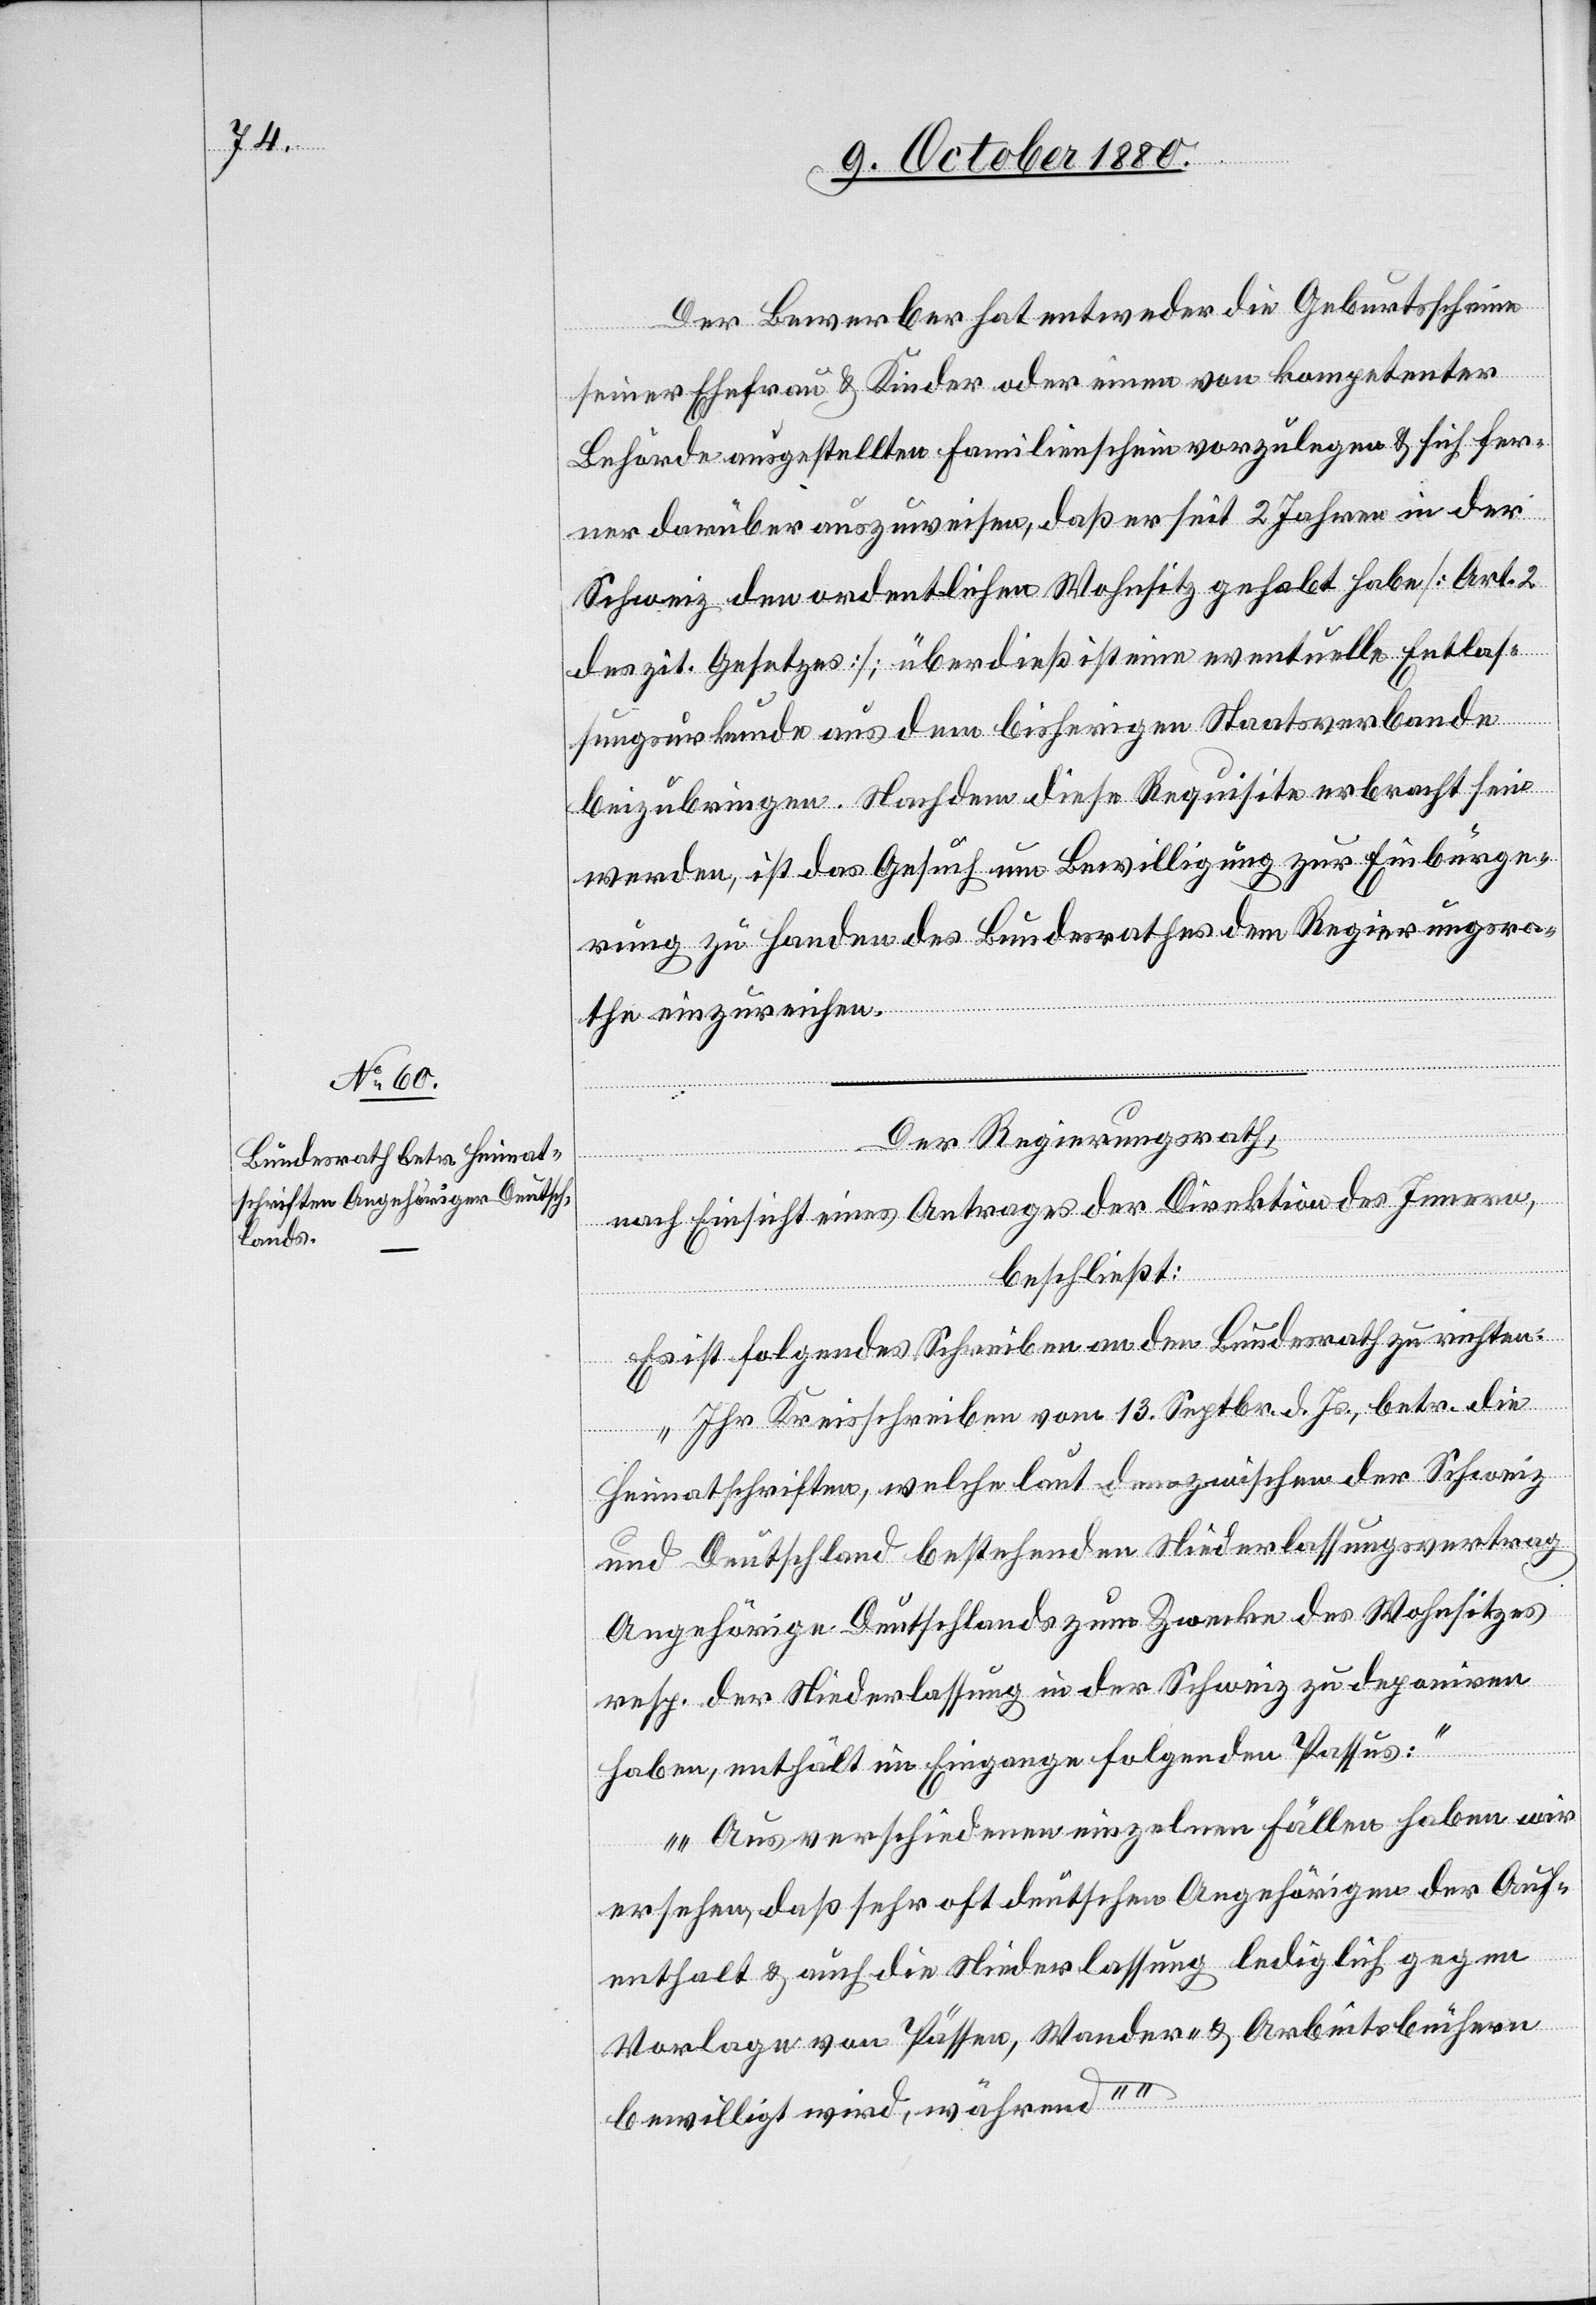
Der Bewerber hat entweder die Geburtsscheine
zur
seiner Ehefrau & Kinder oder einen von kompetenter
Behörde ausgestellten Familienschein vorzulegen & sich fer¬
ner darüber auszuweisen, daß er seit 2 Jahren in der
Schweiz den ordentlichen Wohnsitz gehabt habe [Art. 2
des zit. Gesetzes]; überdieß ist eine eventuelle Entlas¬
sungsurkunde aus dem bisherigen Staatsverbande
beizubringen. Nachdem diese Requisite erbracht sein
rung zu Handen des Bundesrathes dem Regierungsra¬
Einbürge¬
the einzureichen.
Der Regierungsrath,
nach Einsicht eines Antrages der Direktion des Innern,
beschließt:
Es ist folgendes Schreiben an den Bundesrath zu richten:
„Ihr Kreisschreiben vom 13. Septbr. d. Js., betr. die
Heimatschriften, welche laut dem zwischen der Schweiz
und Deutschland bestehenden Niederlassungsvertrag
Angehörige Deutschlands zum Zwecke des Wohnsitzes
resp. der Niederlassung in der Schweiz zu deponiren
haben, enthält im Eingange folgenden Passus:
„Aus verschiedenen einzelnen Fällen haben wir
ersehen, daß sehr oft deutschen Angehörigen der Auf¬
enthalt & auch die Niederlassung lediglich gegen
Vorlage von Pässen, Wander- & Arbeitsbüchern
bewilligt wird, während“